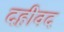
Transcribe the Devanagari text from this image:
दहीवद